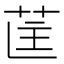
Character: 𮎵